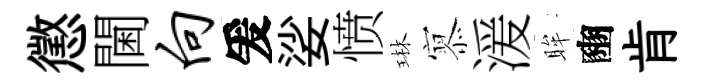
懲閫向爰娑愤琳𡪹湲眸豳肯